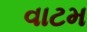
વાટમ